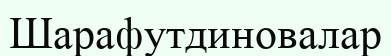
Шарафутдиновалар